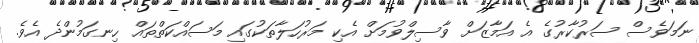
ނަމަވެސް ސަރުކާރުގެ އެ އަމާޒަށް ވާސިލްވުމަށް އެކި މަރުހަލާތަކުގައި މަސައްކަތްތައް ހިނގަމުންދެ އެވެ.